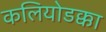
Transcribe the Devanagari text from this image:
कलियोडक्का